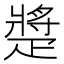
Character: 𤴠